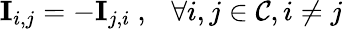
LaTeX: \mathbf{I}_{i,j}=-\mathbf{I}_{j,i}~,~~~\forall{i,j}\in\mathcal{C},i\neq j